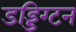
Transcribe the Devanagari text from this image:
डड्डिंग्टन